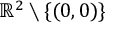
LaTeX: \mathbb { R } ^ { 2 } \setminus \{ ( 0 , 0 ) \}